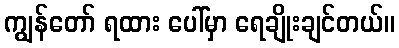
ကျွန်တော် ရထား ပေါ်မှာ ရေချိုးချင်တယ်။